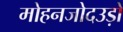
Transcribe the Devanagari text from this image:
मोहनजोदउड़ो